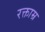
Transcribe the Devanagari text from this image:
रक्ताम्र